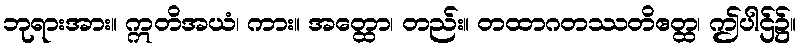
ဘုရားအား။ ဣတိအယံ၊ ကား။ အတ္ထော၊ တည်း။ တထာဂတဿတိဧတ္ထ၊ ဤပါဌ်၌။